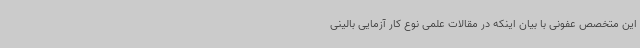
این متخصص عفونی با بیان اینکه در مقالات علمی نوع کار آزمایی بالینی